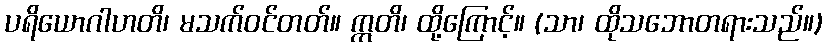
ပရိယောဂါဟတိ၊ မသက်ဝင်တတ်။ ဣတိ၊ ထို့ကြောင့်။ (သာ၊ ထိုသဘောတရားသည်။)